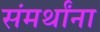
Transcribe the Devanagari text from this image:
संमर्थांना